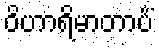
ဝိဟာရိမာတာပိံ